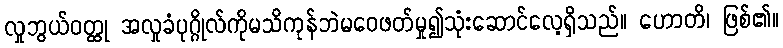
လှုဘွယ်ဝတ္ထု အလှုခံပုဂ္ဂိုလ်ကိုမသိကုန်ဘဲမဝေဖတ်မှု၍သုံးဆောင်လေ့ရှိသည်။ ဟောတိ၊ ဖြစ်၏။